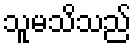
သူမသိသည်